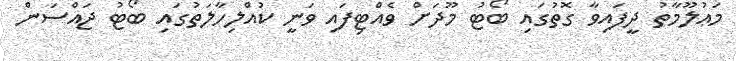
މަޢުލޫމާތު ދީފައިވާ ގޮތުގައި ބޯޓު މޫދަށް ވެއްޓިފައި ވަނީ ކުއްލިހާލަތުގައި ބޯޓު ޖައްސަން